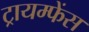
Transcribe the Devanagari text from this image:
ट्रायम्फेंस